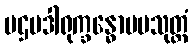
ပဌမဒါရုက္ခန္ဓောပမသုတ္တံ